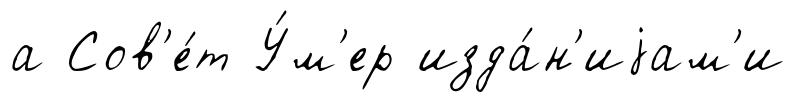
а Сов'е́т У́м'ер изда́н'иjам'и